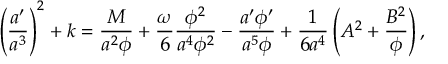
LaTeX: \left( { \frac { a ^ { \prime } } { a ^ { 3 } } } \right) ^ { 2 } + k = { \frac { M } { a ^ { 2 } \phi } } + { \frac { \omega } { 6 } } { \frac { \phi ^ { 2 } } { a ^ { 4 } \phi ^ { 2 } } } - { \frac { a ^ { \prime } \phi ^ { \prime } } { a ^ { 5 } \phi } } + { \frac { 1 } { 6 a ^ { 4 } } } \left( A ^ { 2 } + { \frac { B ^ { 2 } } { \phi } } \right) ,